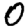
Digit: 0